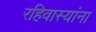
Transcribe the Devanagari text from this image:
रहिवास्यांना